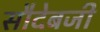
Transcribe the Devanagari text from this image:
सौदेबजी